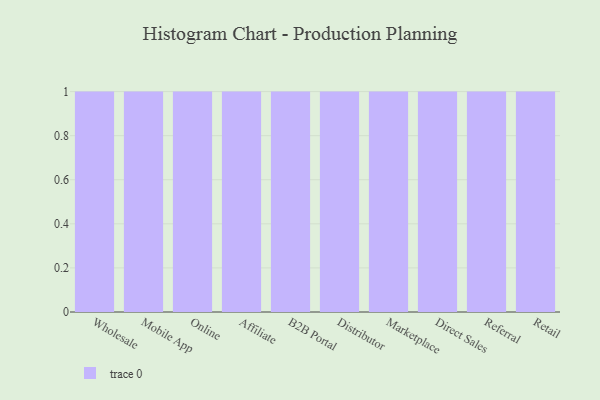
{"axis": {"x": "Channel", "y": "Tickets Resolved"}, "legend": [""], "data": [{"x": "Wholesale", "y": 60, "type": ""}, {"x": "Mobile App", "y": 73, "type": ""}, {"x": "Online", "y": 20, "type": ""}, {"x": "Affiliate", "y": 70, "type": ""}, {"x": "B2B Portal", "y": 69, "type": ""}, {"x": "Distributor", "y": 45, "type": ""}, {"x": "Marketplace", "y": 24, "type": ""}, {"x": "Direct Sales", "y": 51, "type": ""}, {"x": "Referral", "y": 67, "type": ""}, {"x": "Retail", "y": 23, "type": ""}]}